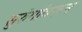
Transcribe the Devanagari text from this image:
सुरुंगांवरून